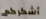
أشكركم